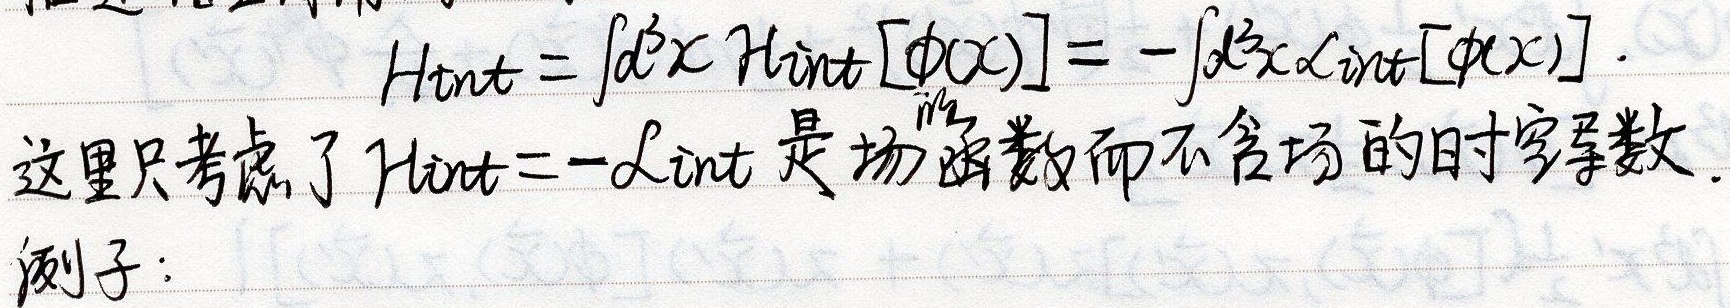
\[H_{\text{int}} = \int d^{3}x \mathcal{H}_{\text{int}}[\phi(x)] = -\int d^{3}x \mathcal{L}_{\text{int}}[\phi(x)].\]
这里只考虑了 \(H_{\text{int}}=-\mathcal{L}_{\text{int}}\) 是场函数而不含场的时空导数.
例子：